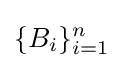
\{B_{i}\}_{i=1}^{n}